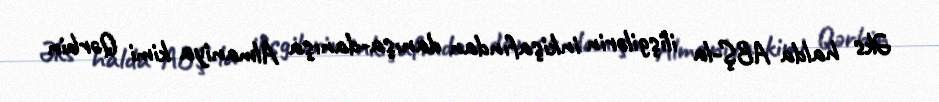
Əks halda ABŞ-la ilişgilərin inkişafından danışa-danışa Almaniya kimi Qərbin